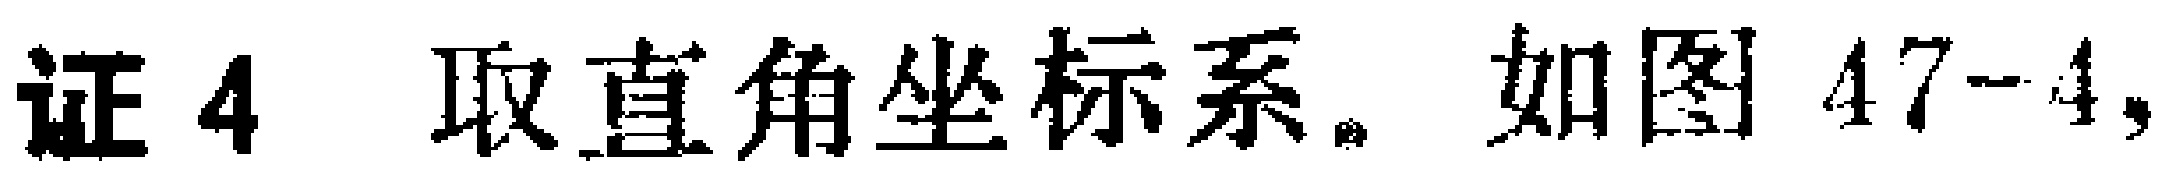
证4 取直角坐标系。如图47-4,